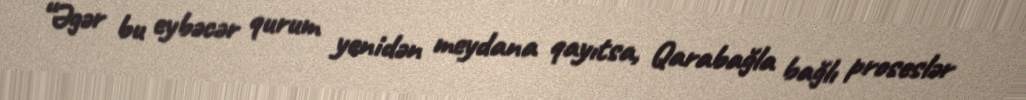
“Əgər bu eybəcər qurum yenidən meydana qayıtsa, Qarabağla bağlı proseslər